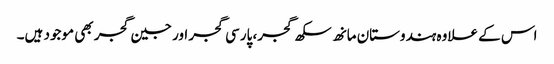
اس کے علاوہ ہندوستان مانھ سکھ گجر، پارسی گجر اور جین گجر بھی موجود ہیں۔